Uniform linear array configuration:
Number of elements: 64
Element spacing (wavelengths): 0.75
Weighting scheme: hamming
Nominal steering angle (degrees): -60
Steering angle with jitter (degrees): -61.4
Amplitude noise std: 0.05
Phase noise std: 0.05

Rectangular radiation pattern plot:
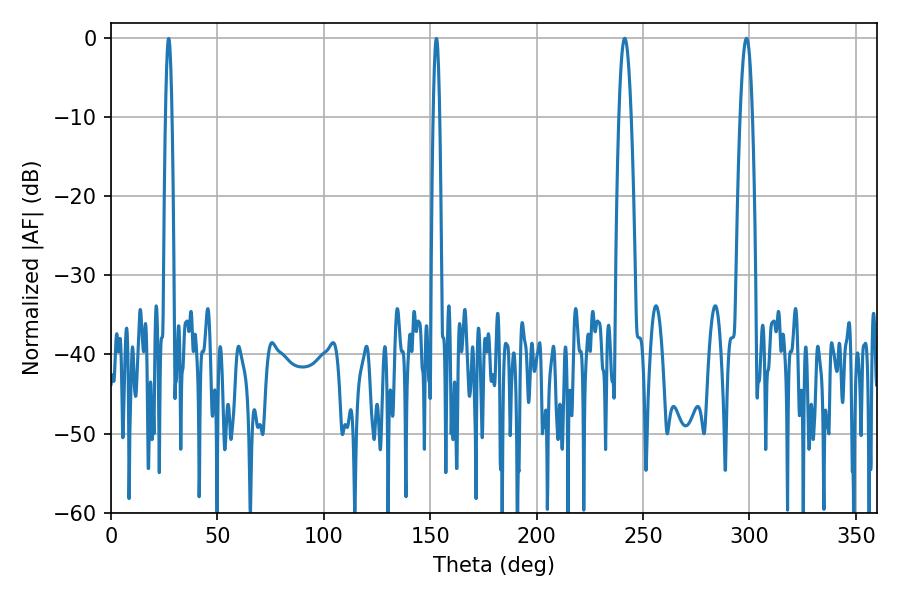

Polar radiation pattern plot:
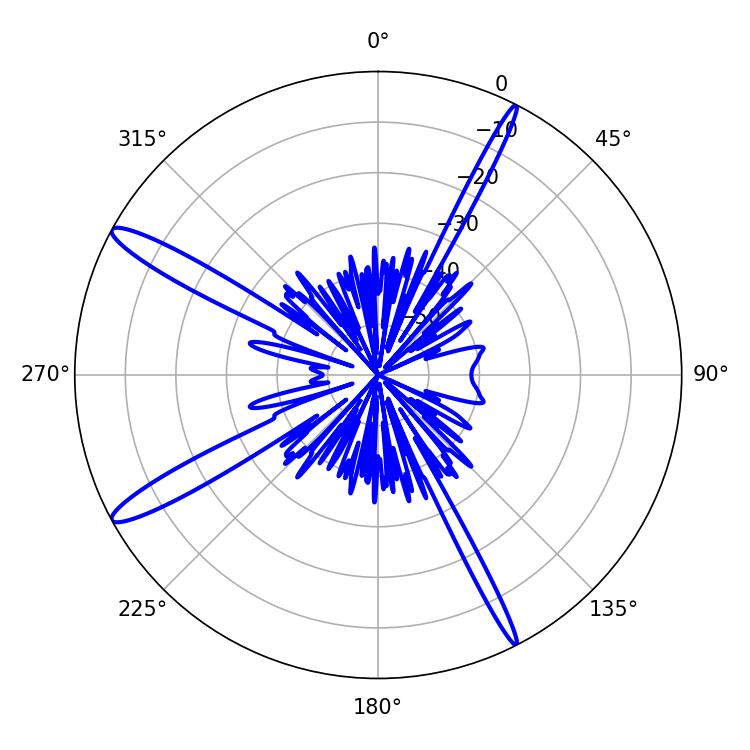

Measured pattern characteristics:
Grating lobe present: TRUE
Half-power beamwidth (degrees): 3.06
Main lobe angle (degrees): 298.62